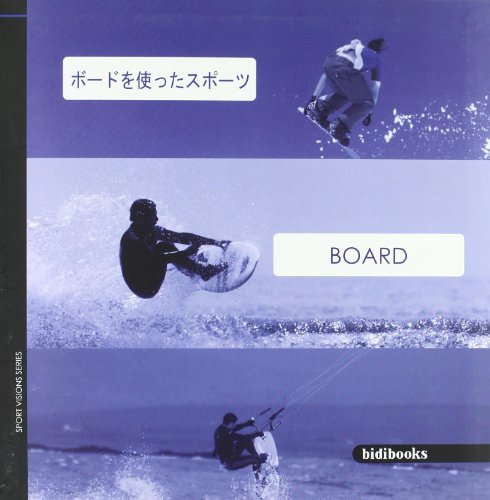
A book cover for Board: Feel the Sport on Your Mobile (Sport Visions) (Spanish, German, French, Italian and Japanese Edition); NetBiblo; Sports & Outdoors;